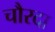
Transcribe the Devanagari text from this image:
चौरदा